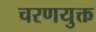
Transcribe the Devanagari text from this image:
चरणयुक्त